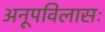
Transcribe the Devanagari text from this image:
अनूपविलासः